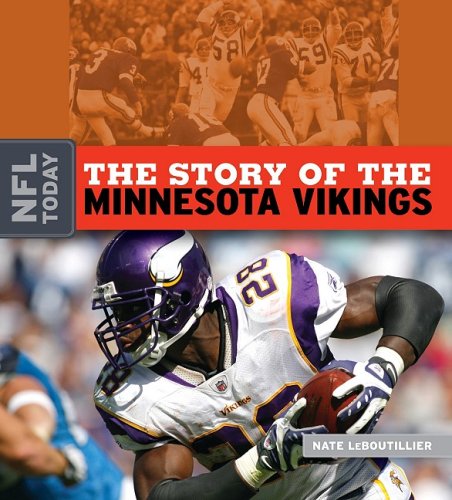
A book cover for The Story of the Minnesota Vikings (NFL Today (Creative Education Hardcover)); Nate LeBoutillier; Teen & Young Adult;